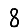
Digit: 8